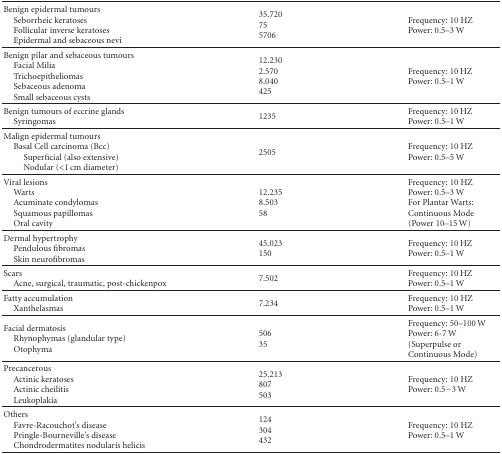
<table><thead><tr><td><b>Benign epidermal tumoursSeborrheic keratosesFollicular inverse keratosesEpidermal and sebaceous nevi</b></td><td><b> 35.720 75 5706</b></td><td><b>Frequency: 10 HZ Power: 0.5–3 W</b></td></tr></thead><tbody><tr><td>Benign pilar and sebaceous tumoursFacial MiliaTrichoepitheliomasSebaceous adenomaSmall sebaceous cysts</td><td> 12.230 2.570 8.040 425</td><td>Frequency: 10 HZ Power: 0.5–1 W</td></tr><tr><td>Benign tumours of eccrine glandsSyringomas</td><td> 1235</td><td>Frequency: 10 HZ Power: 0.5–1 W </td></tr><tr><td>Malign epidermal tumoursBasal Cell carcinoma (Bcc)Superficial (also extensive)Nodular (<b><i>&lt;</i></b>1 cm diameter)</td><td> 2505</td><td>Frequency: 10 HZ Power: 0.5–5 W</td></tr><tr><td>Viral lesionsWartsAcuminate condylomasSquamous papillomasOral cavity</td><td> 12.235 8.503 58</td><td>Frequency: 10 HZ Power: 0.5–3 W For Plantar Warts: Continuous Mode (Power 10–15 W) </td></tr><tr><td>Dermal hypertrophyPendulous fibromasSkin neurofibromas</td><td> 45.023 150</td><td>Frequency: 10 HZ Power: 0.5–1 W</td></tr><tr><td>ScarsAcne, surgical, traumatic, post-chickenpox</td><td> 7.502</td><td>Frequency: 10 HZ Power: 0.5–1 W</td></tr><tr><td>Fatty accumulationXanthelasmas</td><td> 7.234</td><td>Frequency: 10 HZ Power: 0.5–1 W </td></tr><tr><td>Facial dermatosisRhynophymas (glandular type)Otophyma</td><td> 506 35</td><td>Frequency: 50–100 W Power: 6-7 W (Superpulse or Continuous Mode) </td></tr><tr><td> PrecancerousActinic keratosesActinic cheilitisLeukoplakia</td><td> 25.213 807 503</td><td>Frequency: 10 HZ Power: 0.5−3 W</td></tr><tr><td>OthersFavre-Racouchot's diseasePringle-Bourneville's diseaseChondrodermatites nodularis helicis</td><td> 124 304 432</td><td>Frequency: 10 HZ Power: 0.5–1 W</td></tr></tbody></table>